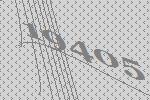
19405